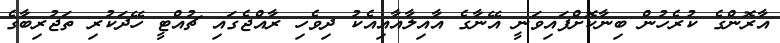
އާރޮންގެ ކުރެހުން ބިނާކޮށްފައިވަނީ އޭނާގެ އާއިލާއާއިއެކު ދިވެހި ރާއްޖެގައި ޗުއްޓީ ހޭދަކުރި ތަޖުރިބާގެ